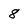
Character: 8